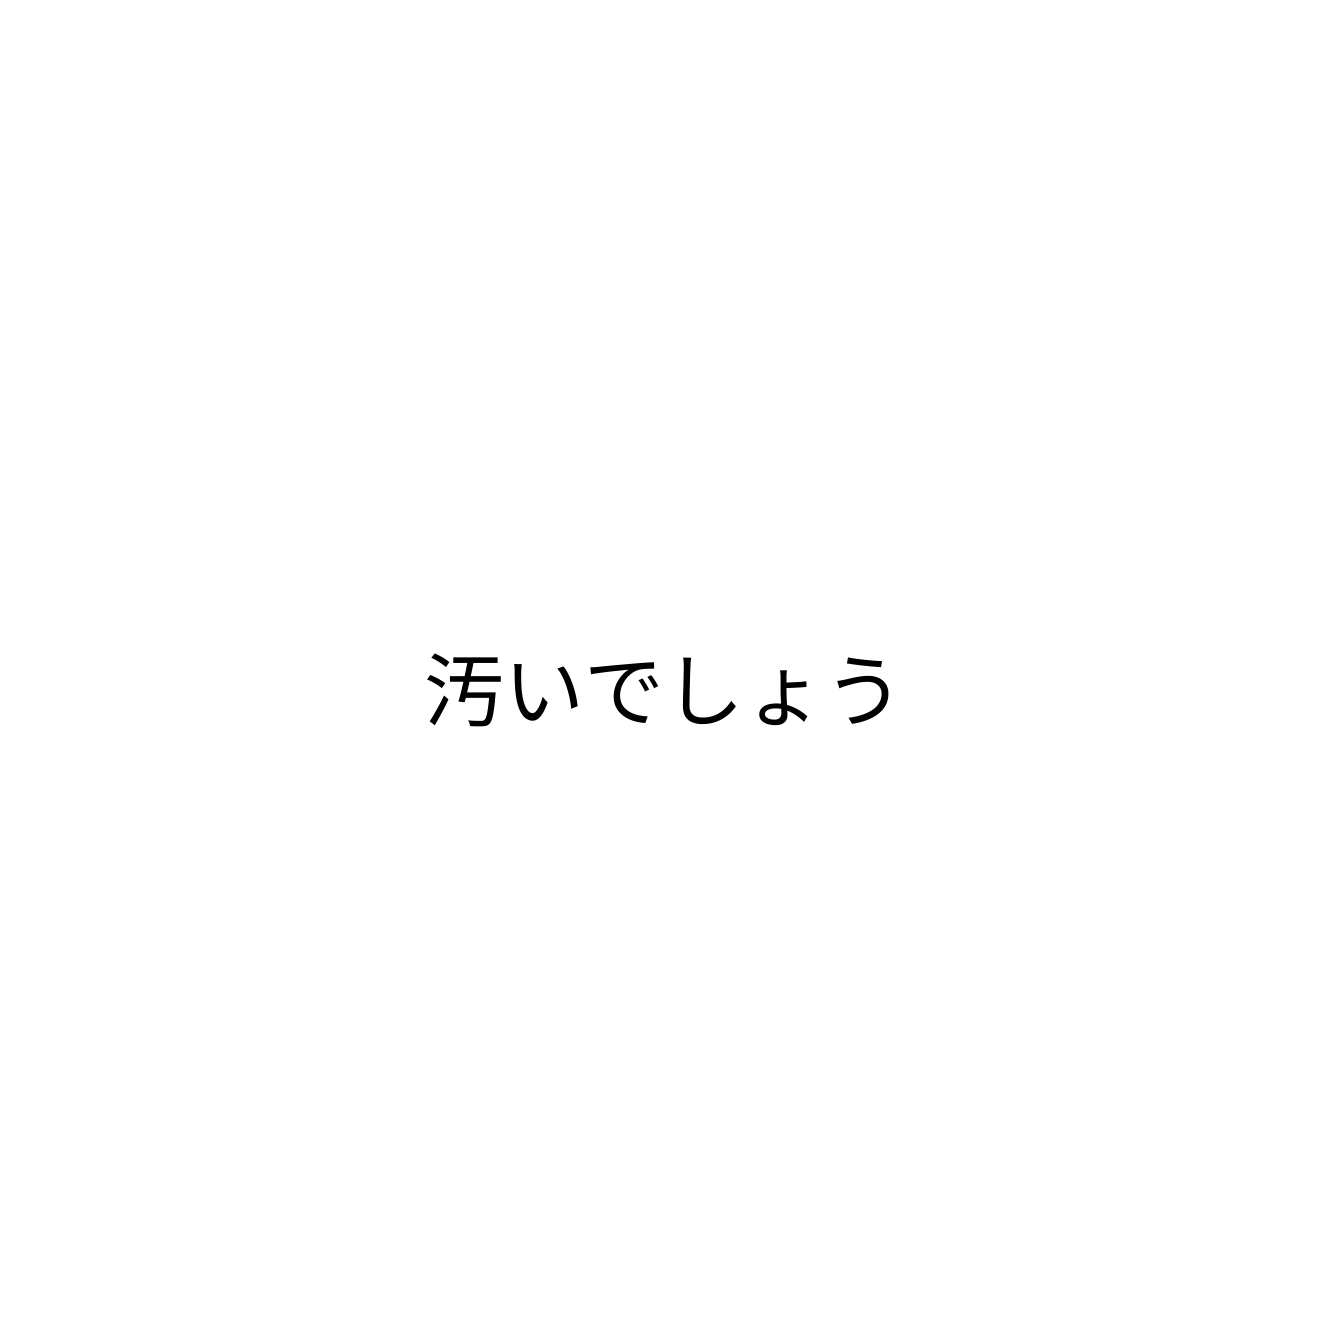
汚いでしょう